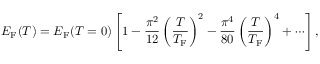
E _ { \mathrm { { F } } } ( T ) = E _ { \mathrm { { F } } } ( T = 0 ) \left[ 1 - { \frac { \pi ^ { 2 } } { 1 2 } } \left( { \frac { T } { T _ { \mathrm { { F } } } } } \right) ^ { 2 } - { \frac { \pi ^ { 4 } } { 8 0 } } \left( { \frac { T } { T _ { \mathrm { { F } } } } } \right) ^ { 4 } + \cdots \right] ,